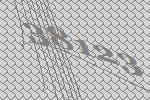
38123